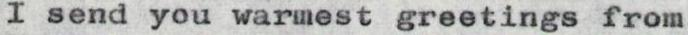
I send you warmest greetings from